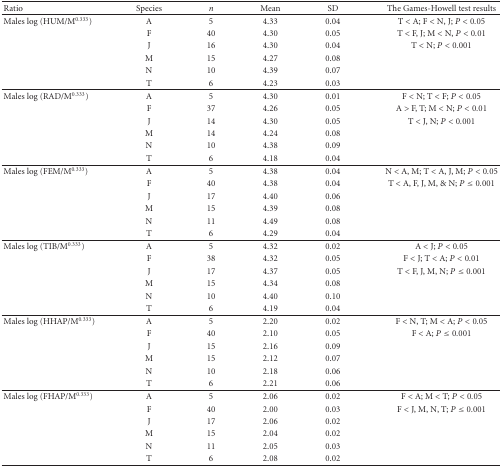
<table><thead><tr><td><b>Ratio</b></td><td><b>Species</b></td><td><b><i>n</i></b></td><td><b>Mean</b></td><td><b>SD</b></td><td><b>The Games-Howell test results</b></td></tr></thead><tbody><tr><td>Males log (HUM/M<sup>0.333</sup>)</td><td>A</td><td>5</td><td>4.33</td><td>0.04</td><td>T &lt; A; F &lt; N, J; <i>P</i> &lt; 0.05</td></tr><tr><td></td><td>F</td><td>40</td><td>4.30</td><td>0.05</td><td>T &lt; F, J; M &lt; N, <i>P</i> &lt; 0.01</td></tr><tr><td></td><td>J</td><td>16</td><td>4.30</td><td>0.04</td><td>T &lt; N; <i>P</i> &lt; 0.001</td></tr><tr><td></td><td>M</td><td>15</td><td>4.27</td><td>0.08</td><td></td></tr><tr><td></td><td>N</td><td>10</td><td>4.39</td><td>0.07</td><td></td></tr><tr><td></td><td>T</td><td>6</td><td>4.23</td><td>0.03</td><td></td></tr><tr><td>Males log (RAD/M<sup>0.333</sup>)</td><td>A</td><td>5</td><td>4.30</td><td>0.01</td><td>F &lt; N; T &lt; F; <i>P</i> &lt; 0.05</td></tr><tr><td></td><td>F</td><td>37</td><td>4.26</td><td>0.05</td><td>A &gt; F, T; M &lt; N; <i>P</i> &lt; 0.01</td></tr><tr><td></td><td>J</td><td>14</td><td>4.30</td><td>0.05</td><td>T &lt; J, N; <i>P</i> &lt; 0.001</td></tr><tr><td></td><td>M</td><td>14</td><td>4.24</td><td>0.08</td><td></td></tr><tr><td></td><td>N</td><td>10</td><td>4.38</td><td>0.09</td><td></td></tr><tr><td></td><td>T</td><td>6</td><td>4.18</td><td>0.04</td><td></td></tr><tr><td>Males log (FEM/M<sup>0.333</sup>)</td><td>A</td><td>5</td><td>4.38</td><td>0.04</td><td>N &lt; A, M; T &lt; A, J, M; <i>P</i> &lt; 0.05</td></tr><tr><td></td><td>F</td><td>40</td><td>4.38</td><td>0.04</td><td>T &lt; A, F, J, M, &amp; N; <i>P</i> ≤ 0.001</td></tr><tr><td></td><td>J</td><td>17</td><td>4.40</td><td>0.06</td><td></td></tr><tr><td></td><td>M</td><td>15</td><td>4.39</td><td>0.08</td><td></td></tr><tr><td></td><td>N</td><td>11</td><td>4.49</td><td>0.08</td><td></td></tr><tr><td></td><td>T</td><td>6</td><td>4.29</td><td>0.04</td><td></td></tr><tr><td>Males log (TIB/M<sup>0.333</sup>)</td><td>A</td><td>5</td><td>4.32</td><td>0.02</td><td>A &lt; J; <i>P</i> &lt; 0.05</td></tr><tr><td></td><td>F</td><td>38</td><td>4.32</td><td>0.05</td><td>F &lt; J; T &lt; A; <i>P</i> &lt; 0.01</td></tr><tr><td></td><td>J</td><td>17</td><td>4.37</td><td>0.05</td><td>T &lt; F, J, M, N; <i>P</i> ≤ 0.001</td></tr><tr><td></td><td>M</td><td>15</td><td>4.34</td><td>0.08</td><td></td></tr><tr><td></td><td>N</td><td>10</td><td>4.40</td><td>0.10</td><td></td></tr><tr><td></td><td>T</td><td>6</td><td>4.19</td><td>0.04</td><td></td></tr><tr><td>Males log (HHAP/M<sup>0.333</sup>)</td><td>A</td><td>5</td><td>2.20</td><td>0.02</td><td>F &lt; N, T; M &lt; A; <i>P</i> &lt; 0.05</td></tr><tr><td></td><td>F</td><td>40</td><td>2.10</td><td>0.05</td><td>F &lt; A; <i>P</i> ≤ 0.001</td></tr><tr><td></td><td>J</td><td>15</td><td>2.16</td><td>0.09</td><td></td></tr><tr><td></td><td>M</td><td>15</td><td>2.12</td><td>0.07</td><td></td></tr><tr><td></td><td>N</td><td>10</td><td>2.18</td><td>0.06</td><td></td></tr><tr><td></td><td>T</td><td>6</td><td>2.21</td><td>0.06</td><td></td></tr><tr><td>Males log (FHAP/M<sup>0.333</sup>)</td><td>A</td><td>5</td><td>2.06</td><td>0.02</td><td>F &lt; A; M &lt; T; <i>P</i> &lt; 0.05</td></tr><tr><td></td><td>F</td><td>40</td><td>2.00</td><td>0.03</td><td>F &lt; J, M, N, T; <i>P</i> ≤ 0.001</td></tr><tr><td></td><td>J</td><td>17</td><td>2.06</td><td>0.02</td><td></td></tr><tr><td></td><td>M</td><td>15</td><td>2.04</td><td>0.02</td><td></td></tr><tr><td></td><td>N</td><td>11</td><td>2.05</td><td>0.03</td><td></td></tr><tr><td></td><td>T</td><td>6</td><td>2.08</td><td>0.02</td><td></td></tr></tbody></table>